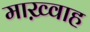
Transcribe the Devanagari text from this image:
माख़्वाह